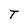
Character: T